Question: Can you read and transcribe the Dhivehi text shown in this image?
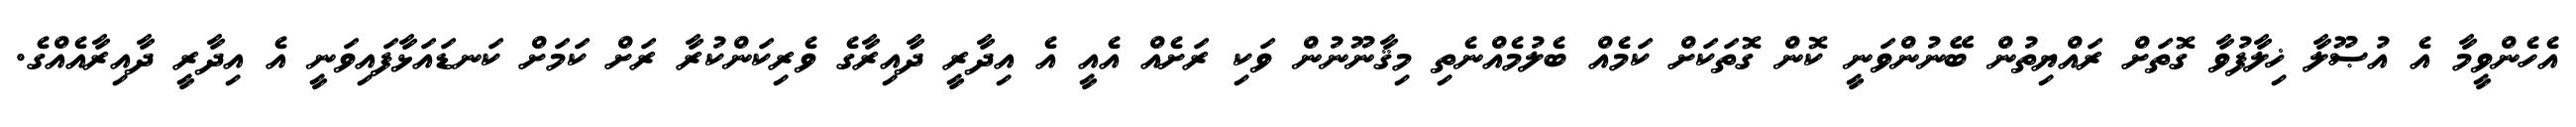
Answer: އެހެންވީމާ އެ އުޞޫލާ ޚިލާފުވާ ގޮތަށް ރައްޔިތުން ބޭނުންވަނީ ކޮން ގޮތަކަށް ކަމެއް ބެލުމެއްނެތި މިޤާނޫނުން ވަކި ރަށެއް އެއީ އެ އިދާރީ ދާއިރާގެ ވެރިކަންކުރާ ރަށް ކަމަށް ކަނޑައަޅާފައިވަނީ އެ އިދާރީ ދާއިރާއެއްގެ.